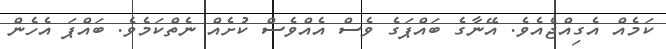
ކަމެއް އެގިއްޖެއެވެ. އޭނާގެ ބައްޕަގެ ވެސް އެއްވެސް ކުށެއް ނެތްކަމެވެ. ބައްޕަ އެހެން